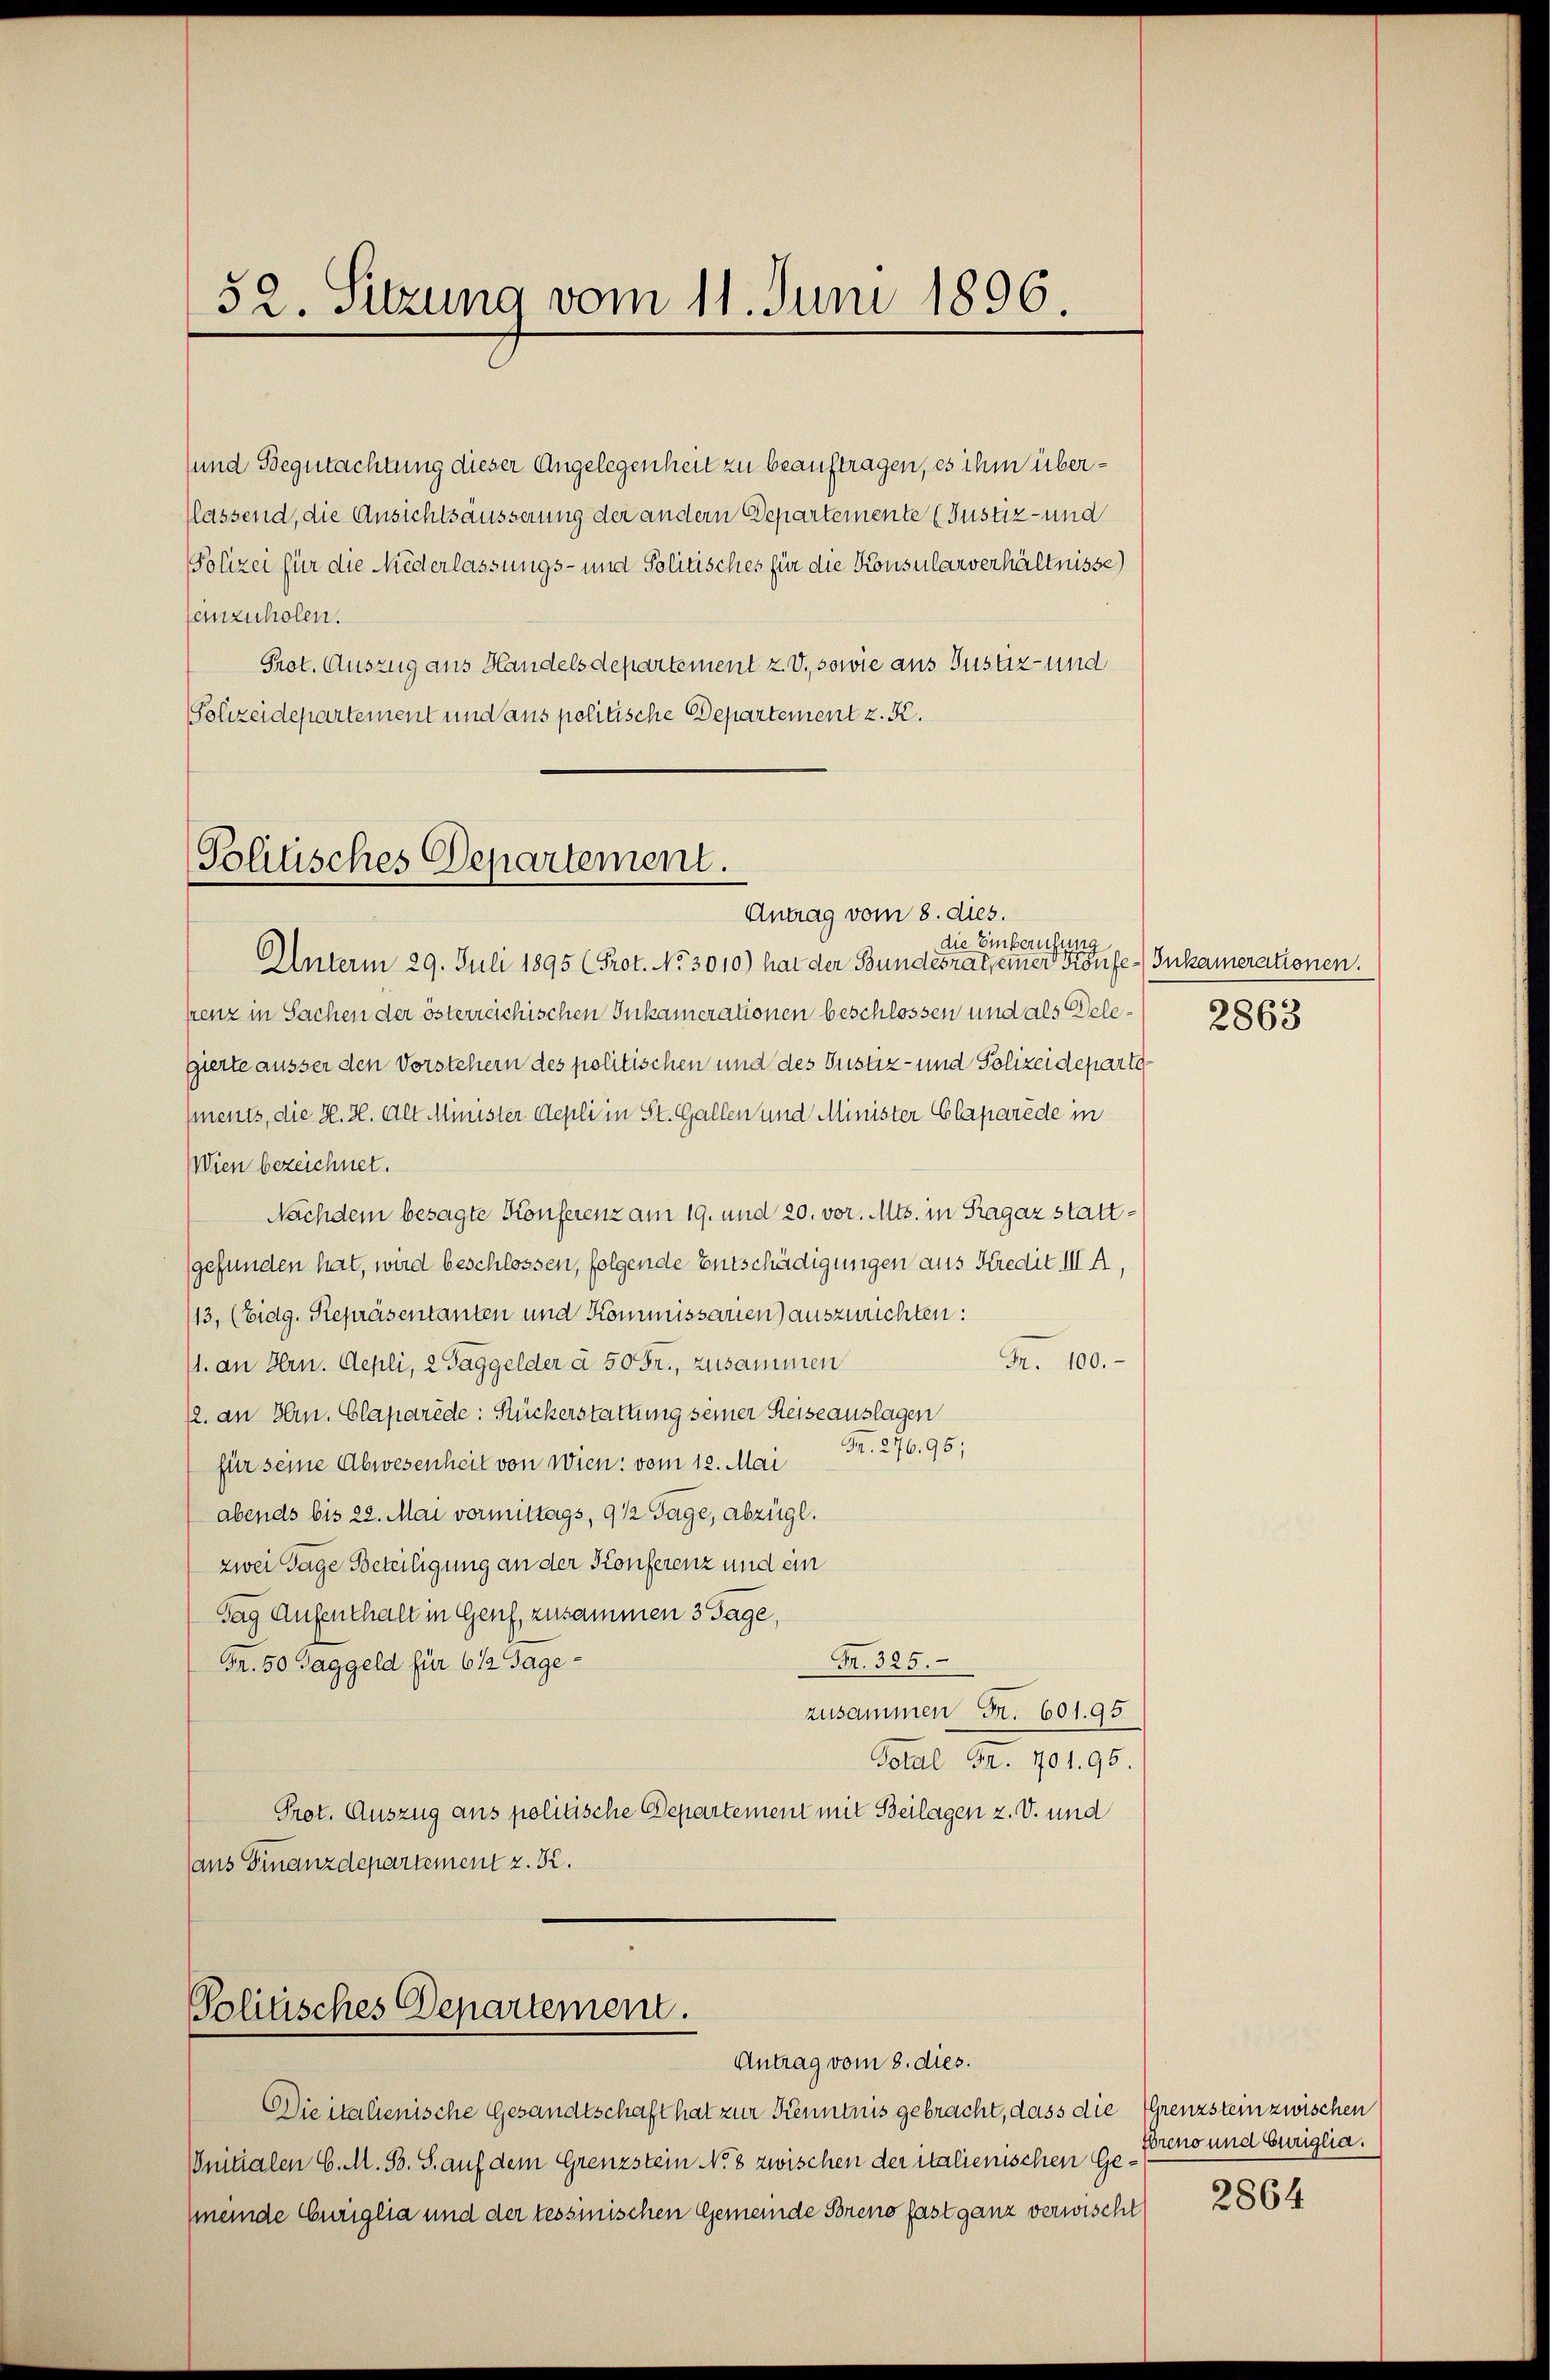
52. Sitzung vom 11. Juni 1896.

und Begutachtung dieser Angelegenheit zu beauftragen, es ihm überflassend, die Ansichtsäusserung der andern Departemente (Justiz- und
Polizei für die Niederlassungs- und Politisches für die Konsularverhältnisse
anzuholen.
Prot. Auszug aus Handelsdepartement z. V., sowie aus Justiz- und
Polizeidepartement und aus politische Departement z. K.

Politisches Departement.
Antrag vom 8. dies.

Politisches Departement.

Antrag vom 8. dies.

Die italienische Gesandtschaft hat zur Kenntnis gebracht, dass die
Onitialen C. M. B. S. auf dem Grenzstein No 8 zwischen der italienischen Ge¬
(meinde Euriglia und der tessinischen Gemeinde Breno fast ganz verwischt

die Einberufung
Unterm 29. Juli 1895 (Prot. No 3010) hat der Bundesrat, einer Konfe-Inkamerationen.
senz in Sachen der österreichischen Inkamerationen beschlossen und als Delegierte ausser den Vorstehern des politischen und des Justiz- und Polizeidepartements, die H. H. Alt Minister Depli in St. Gallen und Minister Claparède in
Wien bezeichnet.
Nachdem besagte Konferenz am 19. und 20. vor. Mts. in Ragaz stattgefunden hat, wird beschlossen, folgende Entschädigungen aus Kredit III A,
113, (Eidg. Repräsentanten und Kommissarien) auszurichten:
Fr. 100.
11. an Hrn. Repli, 2 Taggelder à 50 Fr., zusammen
12. an Hrn. Claparède: Stückerstattung seiner Reiseauslagen
Fr. 276. 96;
für seine Abwesenheit von Wien: vom 12. Mai
abends bis 22. Mai vormittags, 9 1/2 Tage, abzügl.
zwei Tage Beteiligung an der Konferenz und ein
sag Aufenthalt in Genf, zusammen 3 Tage,
Fr. 325.
Fr. 50 Taggeld für 6 1/2 Tage
zusammen Fr. 601. 95
Total Fr. 701. 96.
Prot. Auszug aus politische Departement mit Beilagen z. B. und
aus Finanzdepartement z. K.

2863

Grenzstein zwischen
Ereno und Euriglia.

2864